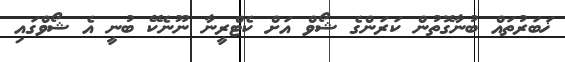
ޚަބަރުތައް ބުނާގޮތުން ކަރަންގެ ޝޯވް އަށް ކެޓްރީނާ ނޫނެކޭ ބުނީ އެ ޝޯވްގައި